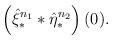
LaTeX: \begin{align*}\left(\hat{\xi}_{\ast}^{n_1} \ast \hat{\eta}_{\ast}^{n_2}\right)(0).\end{align*}